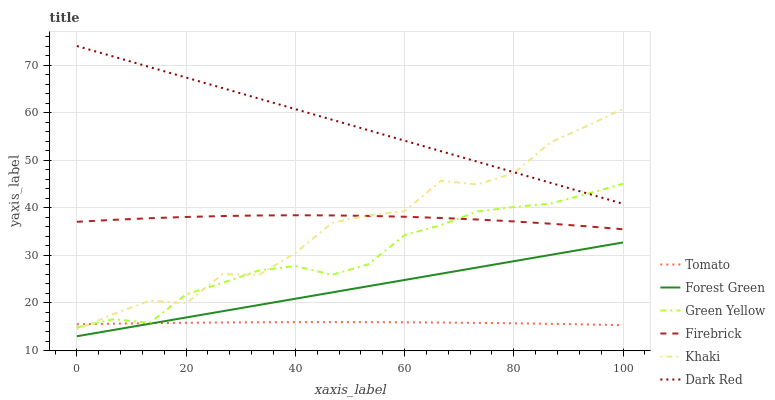
| xaxis_label | Tomato | Forest Green | Green Yellow | Firebrick | Khaki | Dark Red |
 | --- | --- | --- | --- | --- | --- | --- |
 | 0 | 15.5 | 13 | 14.9 | 37.1 | 14.4 | 74 |
 | 6.67 | 15.6 | 14.3 | 16.6 | 37.5 | 17.6 | 71.8 |
 | 13.3 | 15.7 | 15.6 | 15.8 | 37.8 | 20.5 | 69.6 |
 | 20 | 15.8 | 16.9 | 21.8 | 38.1 | 19.9 | 67.4 |
 | 26.7 | 15.9 | 18.3 | 24.2 | 38.3 | 26 | 65.2 |
 | 33.3 | 15.9 | 19.6 | 26.8 | 38.4 | 25.9 | 62.9 |
 | 40 | 16 | 20.9 | 27.8 | 38.4 | 30.5 | 60.7 |
 | 46.7 | 16 | 22.2 | 25.9 | 38.4 | 36.8 | 58.5 |
 | 53.3 | 16 | 23.5 | 28.1 | 38.3 | 38.4 | 56.3 |
 | 60 | 15.9 | 24.8 | 34.3 | 38.1 | 39.3 | 54.1 |
 | 66.7 | 15.9 | 26.1 | 36.4 | 37.9 | 45.7 | 51.9 |
 | 73.3 | 15.8 | 27.5 | 39.2 | 37.5 | 44.9 | 49.7 |
 | 80 | 15.7 | 28.8 | 40.2 | 37.1 | 47.3 | 47.5 |
 | 86.7 | 15.6 | 30.1 | 40.9 | 36.7 | 53.7 | 45.3 |
 | 93.3 | 15.5 | 31.4 | 42.9 | 36.1 | 57.2 | 43.1 |
 | 100 | 15.3 | 32.7 | 45.1 | 35.5 | 60.8 | 40.8 |